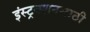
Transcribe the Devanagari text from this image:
इंस्ट्रक्शनसाठी